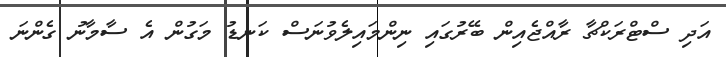
އަދި ސްޓްރަކްޗާ ރާއްޖެއިން ބޭރުގައި ނިންމައިލެވުނަސް ކަނޑު މަގުން އެ ސާމާނު ގެންނަ